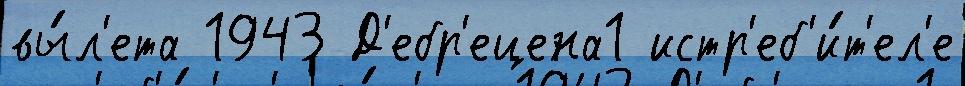
вы́л'ета 1943 Д'ебр'ецена1 истр'еб'и́т'ел'е